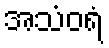
အသံဝရံ